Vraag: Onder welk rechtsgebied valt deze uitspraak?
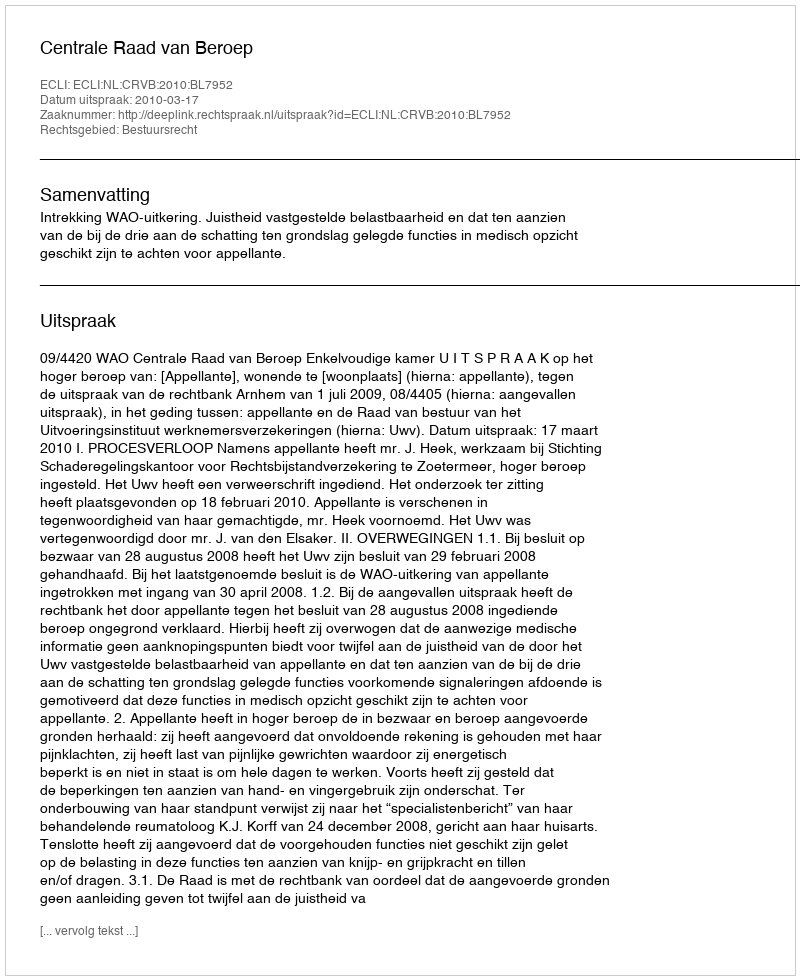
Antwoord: Bestuursrecht